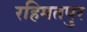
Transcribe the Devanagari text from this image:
रहिमतपुर